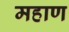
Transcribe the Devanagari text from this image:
महाण